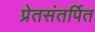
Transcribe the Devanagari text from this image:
प्रेतसंतर्पित